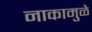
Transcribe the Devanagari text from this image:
नाकामुळे